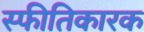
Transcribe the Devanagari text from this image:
स्फीतिकारक